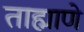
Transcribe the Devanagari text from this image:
ताह्माणे